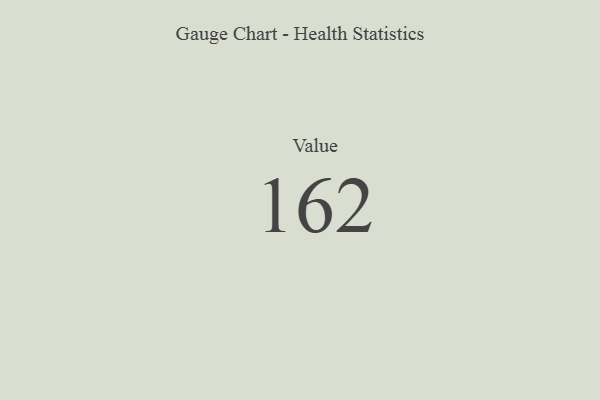
{"axis": {"x": "Metric", "y": "Value"}, "legend": [""], "data": [{"x": "Value", "y": 162, "type": ""}]}